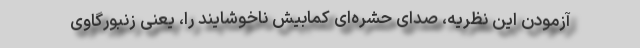
آزمودن این نظریه، صدای حشره‌ای کمابیش ناخوشایند را، یعنی زنبورگاوی